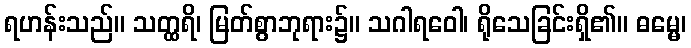
ရဟန်းသည်။ သတ္ထရိ၊ မြတ်စွာဘုရား၌။ သဂါရဝေါ၊ ရိုသေခြင်းရှိ၏။ ဓမ္မေ၊